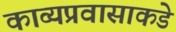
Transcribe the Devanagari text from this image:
काव्यप्रवासाकडे